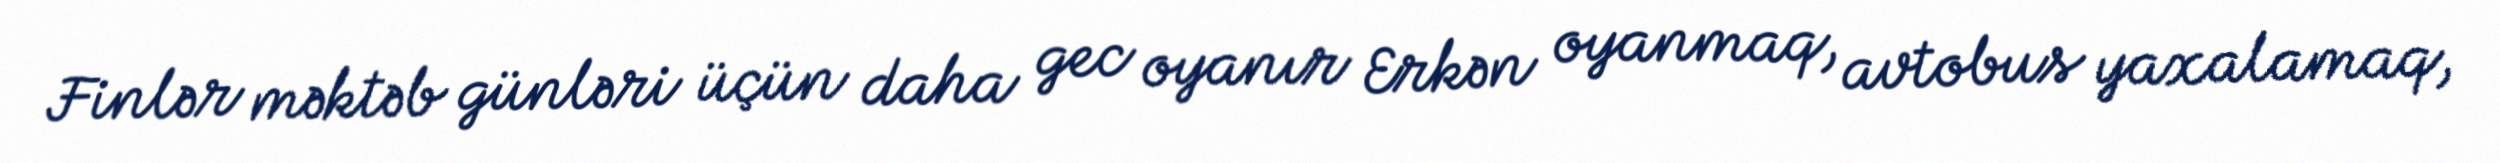
Finlər məktəb günləri üçün daha gec oyanır Erkən oyanmaq, avtobus yaxalamaq,